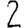
Digit: 2